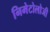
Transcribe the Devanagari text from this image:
निमेटोलोजी